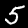
Digit: 5